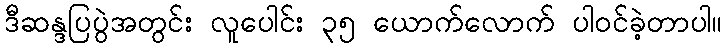
ဒီဆန္ဒပြပွဲအတွင်း လူပေါင်း ၃၅ ယောက်လောက် ပါဝင်ခဲ့တာပါ။